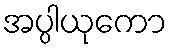
အပ္ပါယုကော